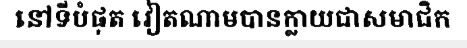
នៅទីបំផុត វៀតណាមបានក្លាយជាសមាជិក